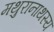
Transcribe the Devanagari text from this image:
मथुरानाथस्य